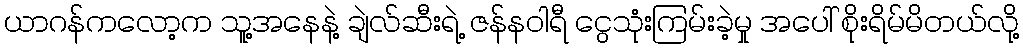
ယာဂန်ကလော့က သူ့အနေနဲ့ ချဲလ်ဆီးရဲ့ ဇန်နဝါရီ ငွေသုံးကြမ်းခဲ့မှု အပေါ် စိုးရိမ်မိတယ်လို့